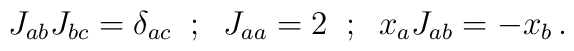
J_{ab} J_{bc} = \delta_{ac} \;\; ; \;\; J_{aa} = 2 \;\; ; \;\;x_a J_{ab} = - x_b \, .